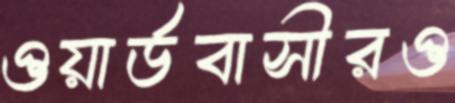
ওয়ার্ডবাসীরও